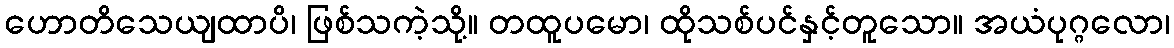
ဟောတိသေယျထာပိ၊ ဖြစ်သကဲ့သို့။ တထူပမော၊ ထိုသစ်ပင်နှင့်တူသော။ အယံပုဂ္ဂလော၊